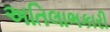
અતિલાભકારી